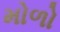
મોળો